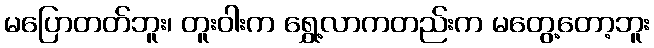
မပြောတတ်ဘူး၊ တူးဝါးက ရွှေ့လာကတည်းက မတွေ့တော့ဘူး